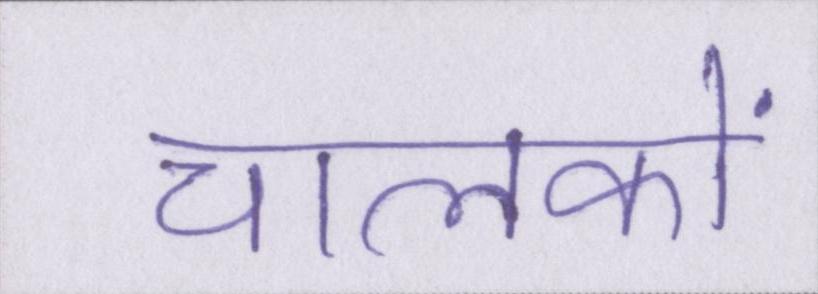
चालकों